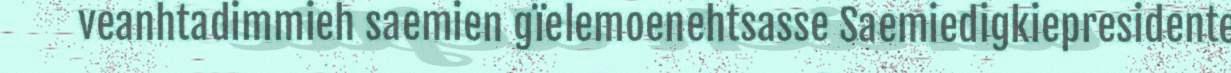
veanhtadimmieh saemien gïelemoenehtsasse Saemiedigkiepresidente